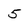
Character: 5